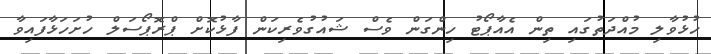
ހުޅުވާލި މުއްދަތުގައި ތިން އެއާޕޯޓު ހިންގަން ވެސް ޝައުގުވެރިކަން ފާޅުކޮށް ޕްރޮޕޯސަލް ހުށަހަޅާފައިވާ